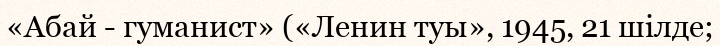
«Абай - гуманист» («Ленин туы», 1945, 21 шілде;